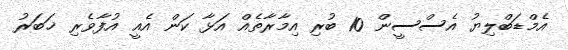
އެމްޑަބްލިޔު އެސްސީން 10 ބުރި އިމާރާތެއް އަޅާ ކަން އެއީ އުފާވެރި ޚަބަރު